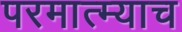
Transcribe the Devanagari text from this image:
परमात्म्याच